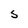
Character: S